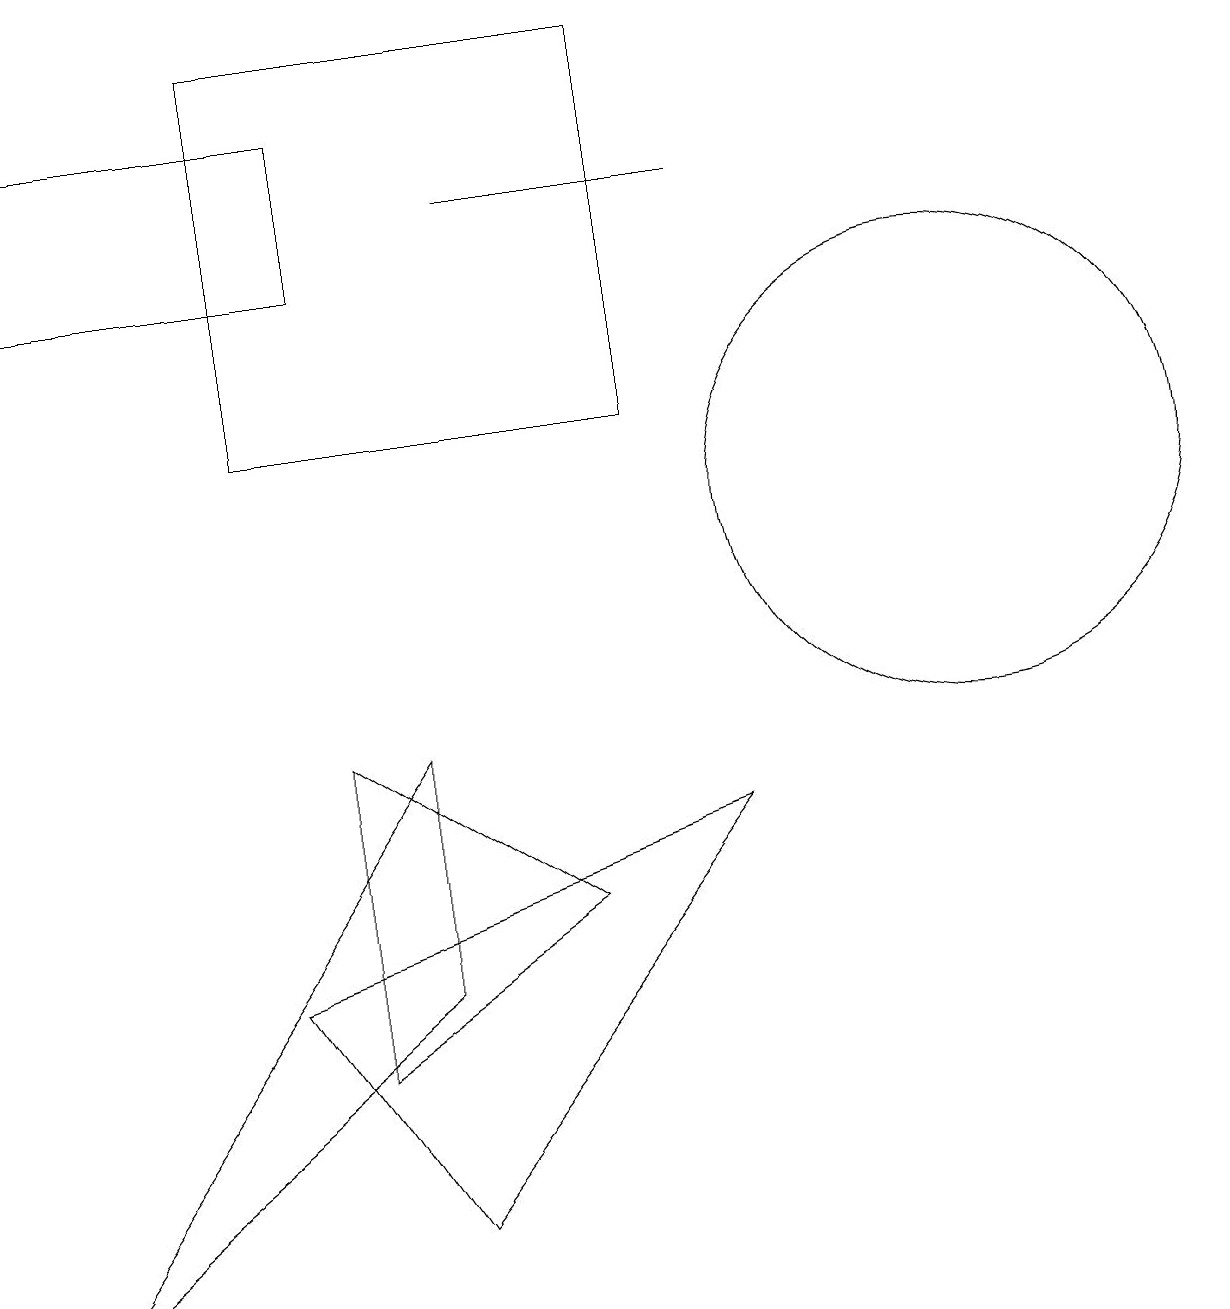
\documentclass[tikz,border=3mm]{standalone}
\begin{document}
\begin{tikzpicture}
\draw (3,16) rectangle (8,11);
\draw (6,14) rectangle (9,14);
\draw (4,13) rectangle (0,15);
\draw (12,10) circle (3);
\draw (10,10) circle (0);
\draw (3,4) -- (5,1) -- (9,6) -- cycle;
\draw (5,4) -- (5,7) -- (0,0) -- cycle;
\draw (4,3) -- (4,7) -- (7,5) -- cycle;
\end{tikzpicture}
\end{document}